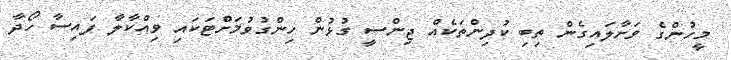
މީހުންގެ ވަށާލައިގެން ތިބި ކުދިންތަކެއް ޖިންސީ ގުޅުން ހިންގުވުމަށްޓަކައި ވިއްކާލާ ފައިސާ ހޯދާ